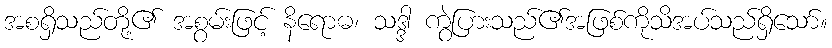
အစရှိသည်တို့၏ အစွမ်းဖြင့် နိရောဓ၊ သဒ္ဒါ ကွဲပြားသည်၏အဖြစ်ကိုသိအပ်သည်ရှိသော်။